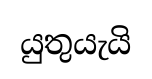
යුතුයැයි